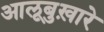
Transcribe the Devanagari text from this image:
आलूबुख़ारे